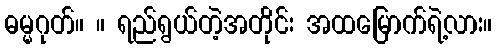
ဓမ္မဂုတ်။ ။ ရည်ရွယ်တဲ့အတိုင်း အထမြောက်ရဲ့လား။